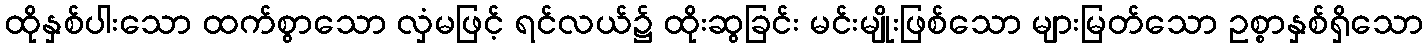
ထိုနှစ်ပါးသော ထက်စွာသော လှံမဖြင့် ရင်လယ်၌ ထိုးဆွခြင်း မင်းမျိုးဖြစ်သော များမြတ်သော ဥစ္စာနှစ်ရှိသော